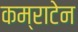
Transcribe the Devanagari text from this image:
कम्राटेन